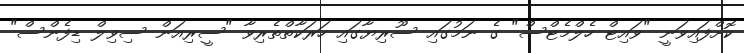
ކޮށްފައިވަނީ "ވައިޓް ހެލްމެޓްސް" ގެ ނަމުގައި ސޫރިޔާގައި ހަރަކާތްތެރިވާ "ސީރިއަން ސިވިލް ޑިފެންސް"